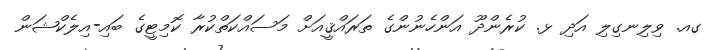
ގއ. ވިލިނގިލި އަދި ޅ. ކުރެންދޫ އަންހެނުންގެ ތަރައްޤީއަށް މަސައްކަތްކުރާ ކޮމިޓީގެ ބައި-އިލެކްޝަން